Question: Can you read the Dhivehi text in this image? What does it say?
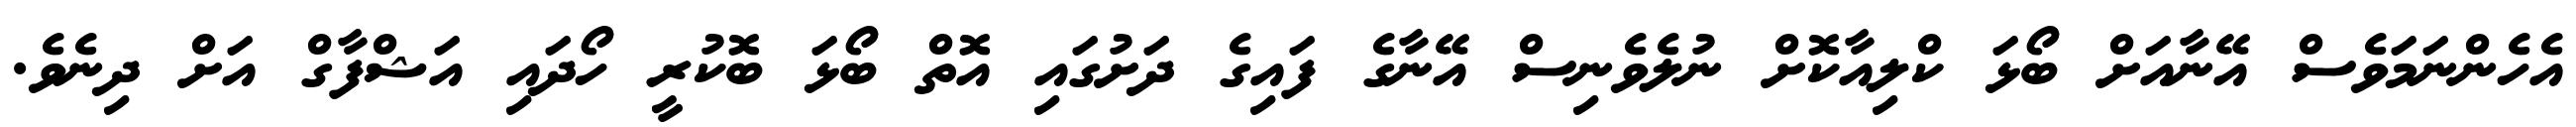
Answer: އެހެންނަމަވެސް އޭނާއަށް ބޯޅަ ކްލިއާކޮށް ނުލެވެނިސް އޭނާގެ ފައިގެ ދަށުގައި އޮތް ބޯޅަ ބޮކުރީ ހޯދައި އަޝްފާގް އަށް ދިނެވެ.